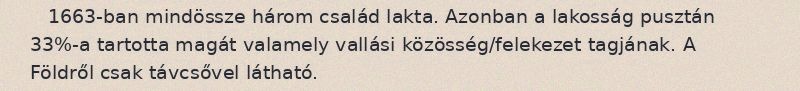
1663-ban mindössze három család lakta. Azonban a lakosság pusztán 33%-a tartotta magát valamely vallási közösség/felekezet tagjának. A Földről csak távcsővel látható.